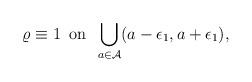
LaTeX: \begin{align*} \varrho\equiv 1\,\,\,\mathrm{on}\,\,\, \bigcup_{a\in \mathcal{A}}(a-\epsilon_1,a+\epsilon_1),\end{align*}